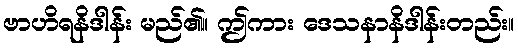
ဗာဟိရနိဒါန်း မည်၏။ ဤကား ဒေသနာနိဒါန်းတည်း။